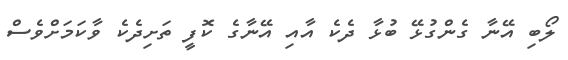
ލޯބި އޭނާ ގެންގުޅޭ ބުޅާ ދެކެ އާއި އޭނާގެ ކޮފީ ތަށިދެކެ ވާކަމަށްވެސް